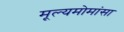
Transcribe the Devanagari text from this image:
मूल्यमोमांसा